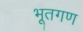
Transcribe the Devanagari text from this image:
भूतगण